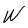
Character: W